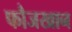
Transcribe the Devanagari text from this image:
फौजखान